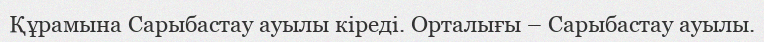
Құрамына Сарыбастау ауылы кіреді. Орталығы – Сарыбастау ауылы.